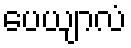
ပေယျာလံ